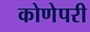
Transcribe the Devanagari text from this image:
कोणेपरी